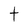
Character: t